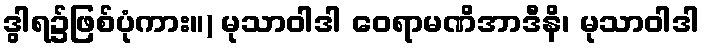
ဒွါရ၌ဖြစ်ပုံကား။) မုသာဝါဒါ ဝေရာမဏိအာဒီနိ၊ မုသာဝါဒါ